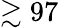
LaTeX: \gtrsim 97